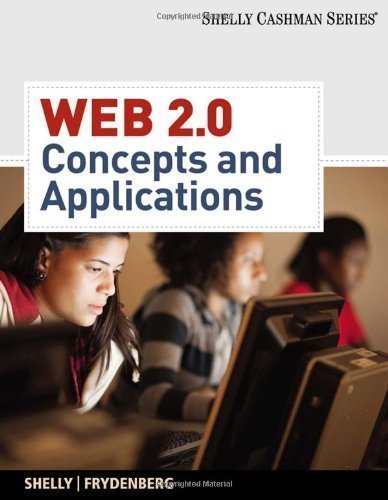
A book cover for Web 2.0: Concepts and Applications (Shelly Cashman) 1st (first) Edition by Shelly, Gary B., Frydenberg, Mark (2010); Computers & Technology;